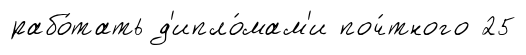
рабо́тать д'ипло́мам'и поч́тного 25